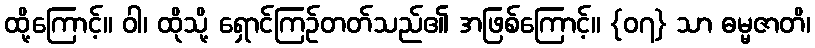
ထို့ကြောင့်။ ဝါ၊ ထိုသို့ ရှောင်ကြဉ်တတ်သည်၏ အဖြစ်ကြောင့်။ {၀၇} သာ ဓမ္မဇာတိ၊